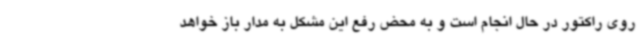
روی راکتور در حال انجام است و به محض رفع این مشکل به مدار باز خواهد